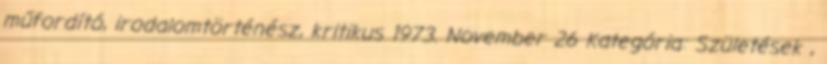
műfordító, irodalomtörténész, kritikus 1973. November 26 Kategória: Születések ,